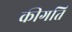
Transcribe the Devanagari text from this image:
कीगति